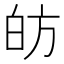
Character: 𭽍